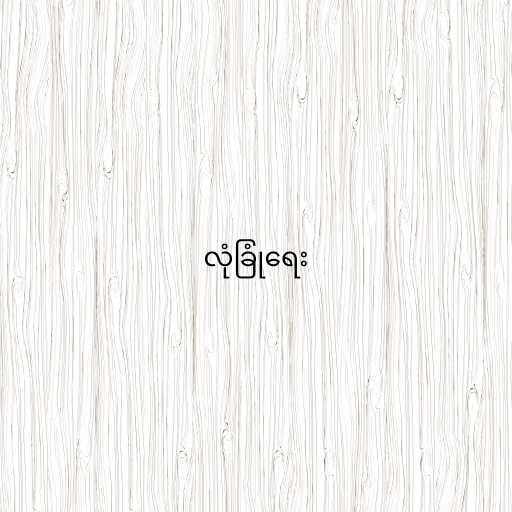
လုံခြုံရေး